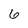
Character: 6